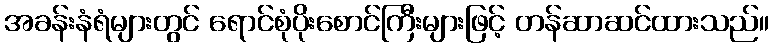
အခန်းနံရံများတွင် ရောင်စုံပိုးစောင်ကြီးများဖြင့် တန်ဆာဆင်ထားသည်။